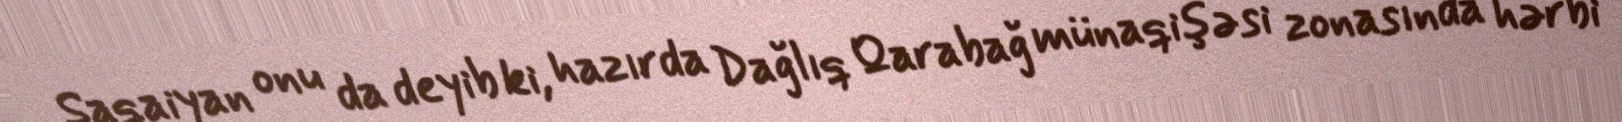
Saqaiyan onu da deyib ki, hazırda Dağlıq Qarabağ münaqişəsi zonasında hərbi